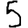
Digit: 5